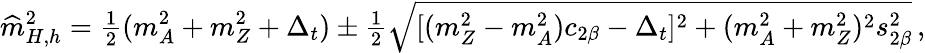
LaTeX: \widehat{m}_{H,h}^{2}={\textstyle{\frac{1}{2}}}(m_{A}^{2}+m_{Z}^{2}+\Delta_{t})\pm{\textstyle{\frac{1}{2}}}\sqrt{[(m_{Z}^{2}-m_{A}^{2})c_{2\beta}-\Delta_{t}]^{2}+(m_{A}^{2}+m_{Z}^{2})^{2}s_{2\beta}^{2}}\, ,